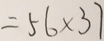
= 5 6 \times 3 7